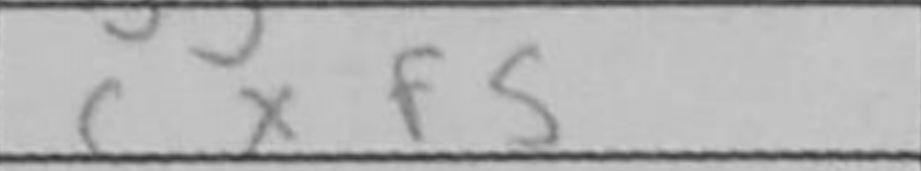
Transcription: cxf5